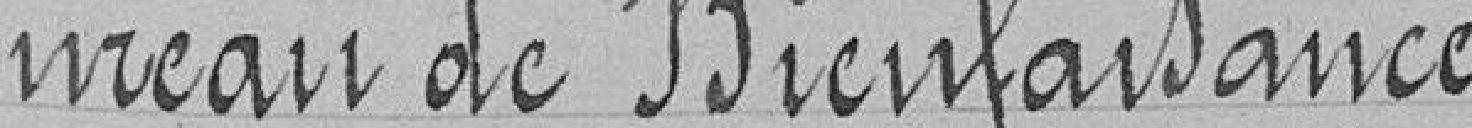
Bureau de Bienfaisance